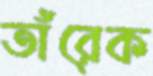
তাঁরেক